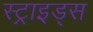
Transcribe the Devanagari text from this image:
स्ट्राइड्स